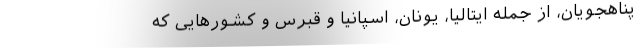
پناهجویان‌، از جمله ایتالیا‌، یونان‌، اسپانیا و قبرس و کشورهایی که